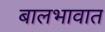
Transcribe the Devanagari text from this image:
बालभावात